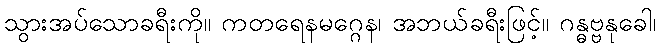
သွားအပ်သောခရီးကို။ ကတရေနမဂ္ဂေန၊ အဘယ်ခရီးဖြင့်။ ဂန္ဓဗ္ဗနုခေါ၊